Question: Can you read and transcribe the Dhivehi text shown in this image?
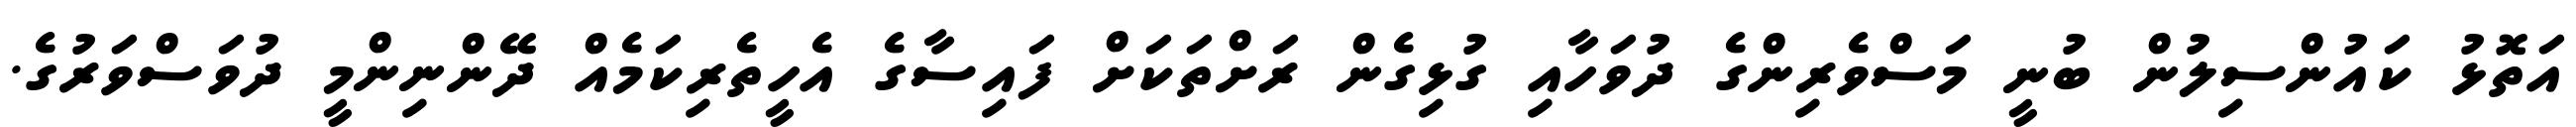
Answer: އަތޮޅު ކައުންސިލުން ބުނީ މަސްވެރިންގެ ދުވަހާއި ގުޅިގެން ރަށްތަކަށް ފައިސާގެ އެހީތެރިކަމެއް ދޭންނިންމީ ދުވަސްވަރުގެ.